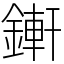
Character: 𨪚